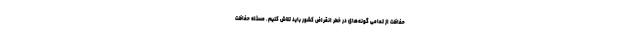
حفاظت از تمامی گونه‌های در خطر انقراض کشور باید تلاش کنیم. مسئله حفاظت